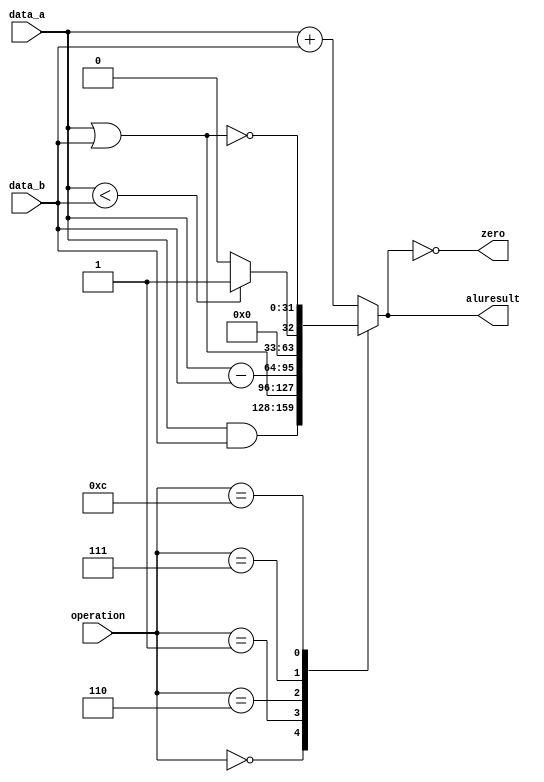
module alu( output reg[31:0] aluresult, output zero,
            input[3:0] operation, input signed [31:0] data_a, input signed [31:0] data_b );
  // These codes and outputs are taken from figure 4.12 and the first graph in ch.4.4 P&H.
  assign zero = (aluresult == 0);    
  always @ (operation or data_a or data_b) begin
    case (operation)
      4'b0000: begin // AND
        aluresult = data_a & data_b;
      end
      4'b0001: begin // OR
        aluresult = data_a | data_b;
      end
      4'b0010: begin // add
        aluresult = data_a + data_b;
      end
      4'b0110: begin // subtract
        aluresult = data_a - data_b;
      end
      4'b0111: begin // slt
        aluresult =  data_a < data_b ? 1 : 0;
      end
      4'b1100: begin // nor
        aluresult = ~( data_a  | data_b );
      end
      default: begin
        aluresult = data_a + data_b;
      end
    endcase
  end
endmodule